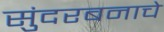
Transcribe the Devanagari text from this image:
सुंदरबनाचे